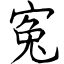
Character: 寃